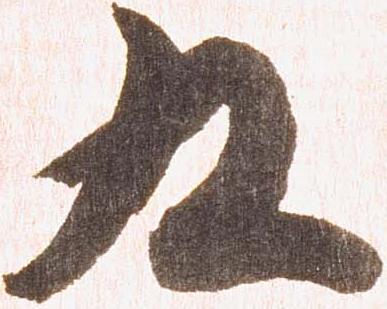
九